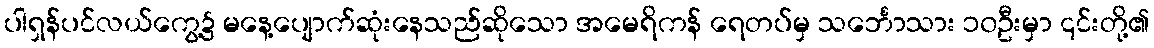
ပါရှန်ပင်လယ်ကွေ့၌ မနေ့ပျောက်ဆုံးနေသည်ဆိုသော အမေရိကန် ရေတပ်မှ သင်္ဘောသား ၁၀ဦးမှာ ၎င်းတို့၏